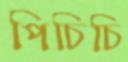
পিচিচি